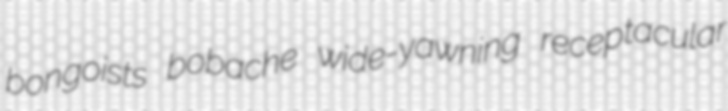
bongoists bobache wide-yawning receptacular